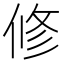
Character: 修